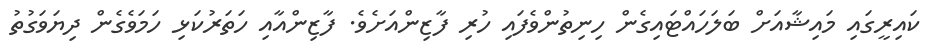
ކައިރީގައި މައިޝާއަށް ބަލަހައްޓައިގެން ހިނިތުންވެފައި ހުރި ފާޒިންއަށެވެ. ފާޒިންއާއި ހަތަރުކަޅި ހަމަވެގެން ދިޔަވަގުތު